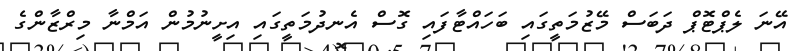
އޭނަ ލެޕްޓޮޕް ދަބަސް މޭޒުމަތީގައި ބަހައްޓާފައި ގޮސް އެނދުމަތީގައި އިށީނުމުން އަމްނާ މިރްޒާންގެ